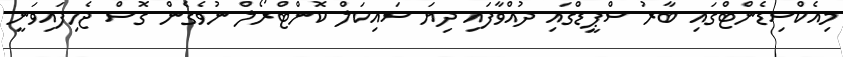
މިއެކްސިޑެންޓްގައި ބާރު ސްޕީޑްގައި ދުއްވާފައި ދިޔަ ސައިކަލް ކޮންޓްރޯލް ނުވެގެން ގޮސް ޖެހިފައިވަނީ